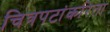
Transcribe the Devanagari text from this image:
चित्रपटांकरिता